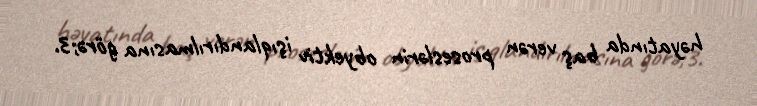
həyatında baş verən proseslərin obyektiv işıqlandırılmasına görə;3.